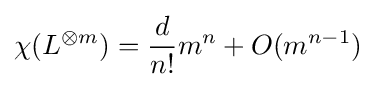
\chi (L^{\otimes m})={d \over n!}m^{n}+O(m^{n-1})